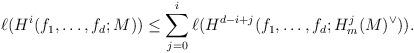
LaTeX: \begin{align*} \ell(H^i(f_1, \ldots, f_d;M)) \leq \sum_{j = 0}^{i} \ell(H^{d-i+j}(f_1, \ldots, f_d;H^j_m(M)^\vee)). \end{align*}